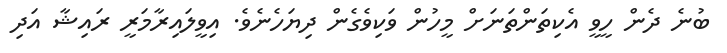
ބުނެ ދެން ހީވީ އެކިތަންތަނަށް މީހުން ވަކިވެގެން ދިޔަހެނެވެ. އިވީލައިރާމަރީ ރައިޝާ އަދި